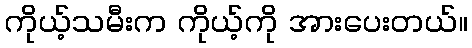
ကိုယ့်သမီးက ကိုယ့်ကို အားပေးတယ်။